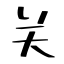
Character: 关